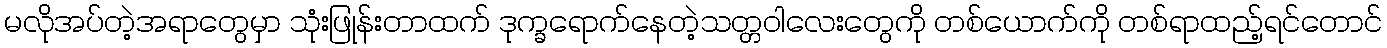
မလိုအပ်တဲ့အရာတွေမှာ သုံးဖြုန်းတာထက် ဒုက္ခရောက်နေတဲ့သတ္တဝါလေးတွေကို တစ်ယောက်ကို တစ်ရာထည့်ရင်တောင်